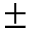
\pm